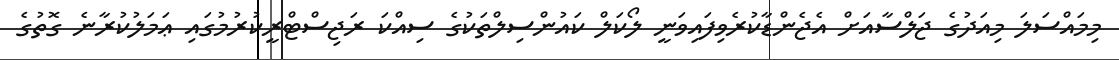
މިމައްސަލަ މިއަދުގެ ޖަލްސާއަށް އެޖެންޑާކުރެވިފައިވަނީ ލޯކަލް ކައުންސިލްތަކުގެ ސިއްކަ ރަޖިސްޓްރީކުރުމުގައި ޢަމަލުކުރާނެ ގޮތުގެ